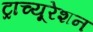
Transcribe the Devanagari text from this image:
ट्राच्यूरेशन